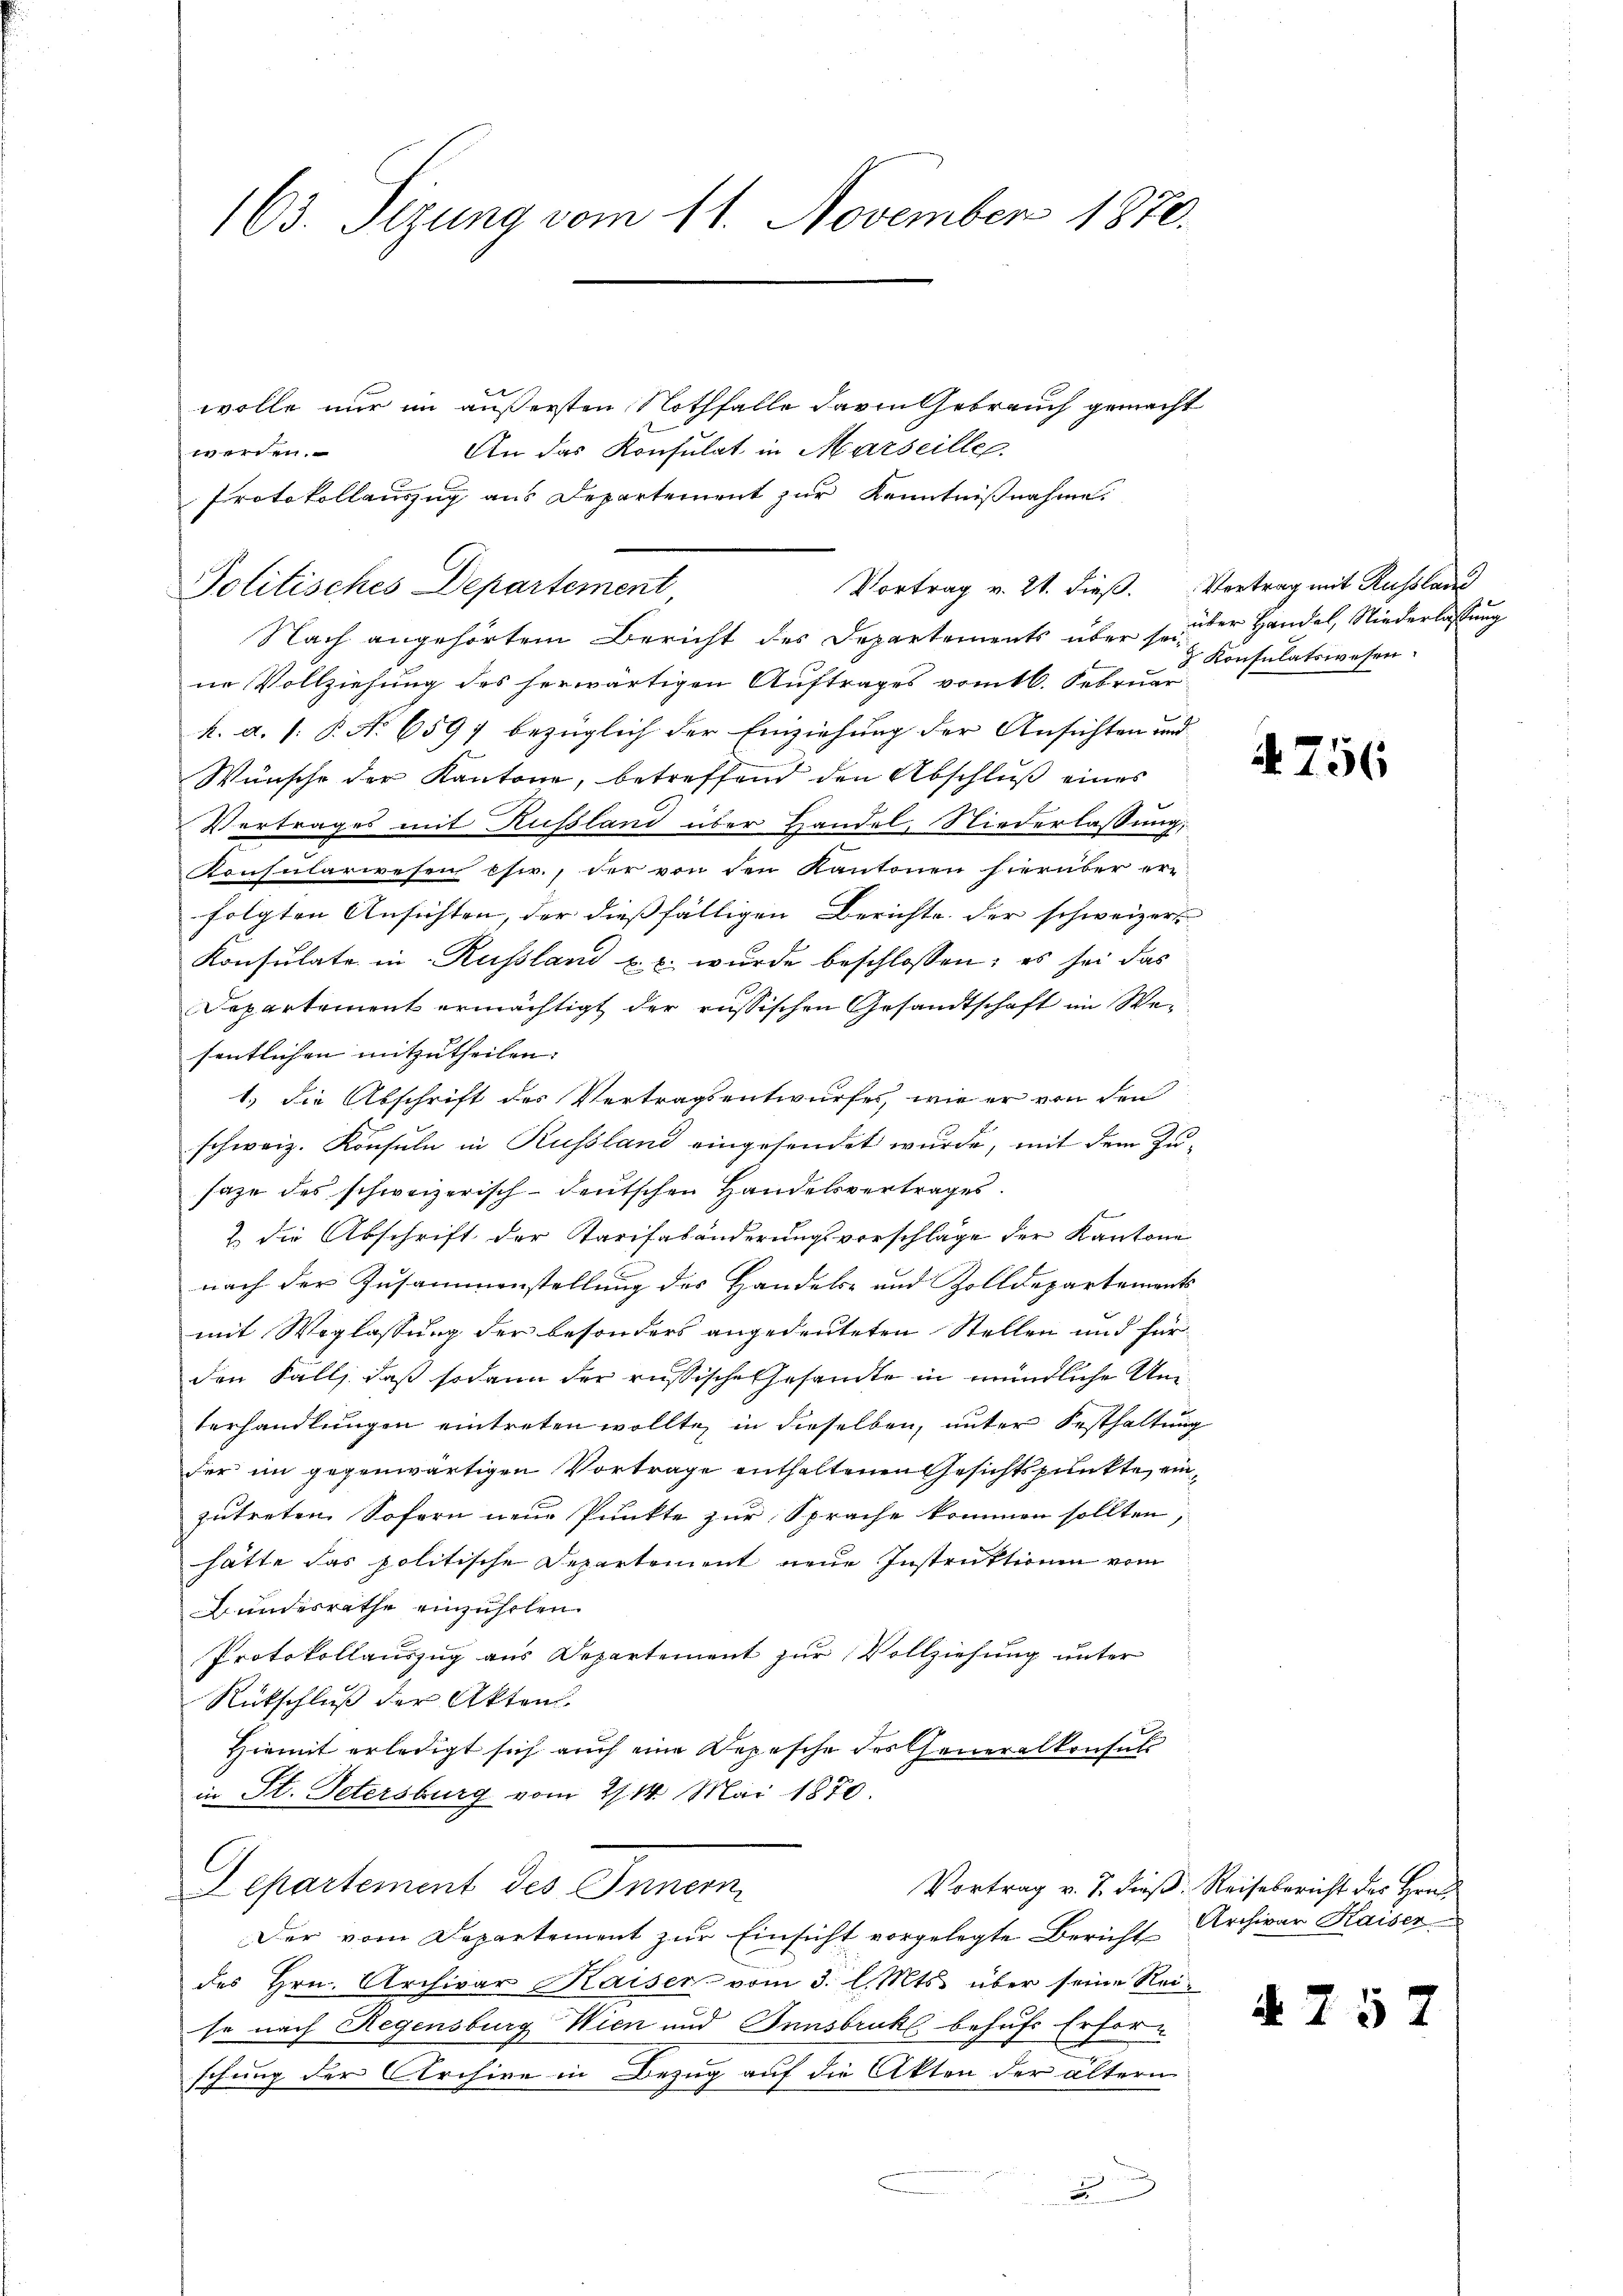
163. Sizung vom 11. November 1870.

wolle nur im äußersten Nothfalle davon Gebrauch gemacht
An das Konsulat in Marseille
werden.
Protokollauszug aus Departement zur Kenntnißnahme.
Politisches Departement,
Nach angehörtem Bericht des Departements über so der Handel, Niederlassung
ne Vollziehung des herwärtigen Auftrages vom 16. Februar
k. a. s. B. No 6597 bezüglich der Einziehung der Ansichten und
Wünsche der Kantone, betreffend den Abschluß eines
Vertrages mit Russland über Handel, Niederlassung,
Konsularwesen chir., der von den Kantonen hierüber er
folgten Ansichten, der dießfälligen Berichte der schweizers
Konsulate in Russland u. s. wurde beschlossen; es sei das
Departement ermächtigt der russischen Gesandtschaft im Wesentlichen mitzutheilen: |
1.) die Abschrift des Vertragsentwurfes, wie er von den
schweiz. Konsuln in Russland eingesendet wurde, mit dem Zusaze des schweizerisch-deutschen Handelsvertrages
2 die Abschrift der Tarifabänderungsvorschläge der Kantone
nach der Zusammenstellung des Handels- und Zolldepartements
mit Weglassung der besonders angedeuteten Stellen und für
den Falls daß sodann der russische Gesandte in mündliche Umterhandlungen eintreten wollte, in dieselben, unter Festhaltung
der im gegenwärtigen Vortrage enthaltenen Gesichtspunkte, einzutreten. Sofern neue Punkte zur Sprache kommen sollten,
hätte das politische Departement neue Instruktionen vom
Bundesrathe einzuholen.
Protokollauszug aus Departement zur Vollziehung unter
Rückschluß der Aktens
Hiemit erledigt sich auch eine Depesche des Generalkonsuls
in St. Petersburg vom 21. 14. Mai 1870.
C
Departement des Innern,
Vortrag v. 7. dieß: Reisebericht des Hrn.
Der vom Departement zur Einsicht vorgelegte Bericht
des Hrn. Archivar Kaiser vom 3. l. Mts. über seine Reise nach Regensburg Wien und Innsbruk behufs Erforschung der Archive in Bezug auf die Akten der ältern

Vortrag v. 21. dieß. Vertrag mit Russlang

2

Konsulatswesen.

4756

Archivar Kaiser

A 75